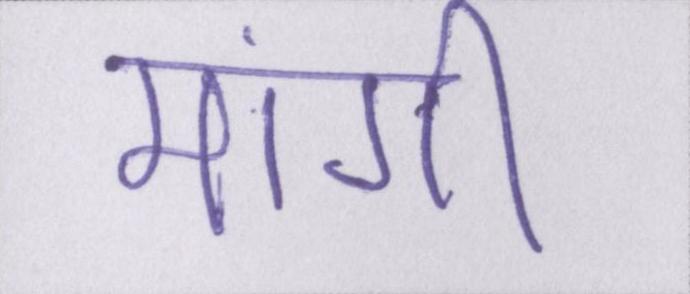
मांगी।